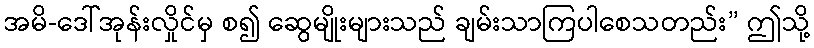
အမိ-ဒေါ်အုန်းလှိုင်မှ စ၍ ဆွေမျိုးများသည် ချမ်းသာကြပါစေသတည်း” ဤသို့